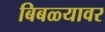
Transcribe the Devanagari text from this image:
बिबळ्यावर